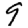
Digit: 9